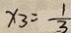
x _ { 3 } = \frac { 1 } { 3 }